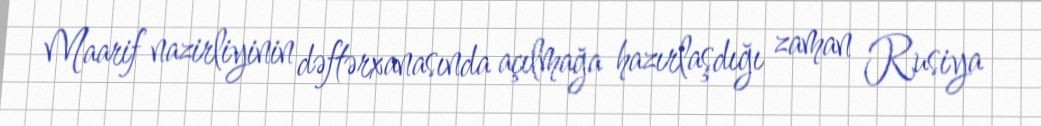
Maarif nazirliyinin dəftərxanasında açılmağa hazırlaşdığı zaman Rusiya